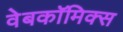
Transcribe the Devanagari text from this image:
वेबकाॅमिक्स